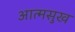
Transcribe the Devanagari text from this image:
आत्मसुख